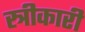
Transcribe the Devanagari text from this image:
स्त्रीकारी